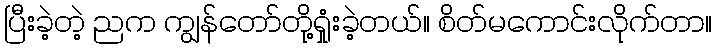
ပြီးခဲ့တဲ့ ညက ကျွန်တော်တို့ရှုံးခဲ့တယ်။ စိတ်မကောင်းလိုက်တာ။